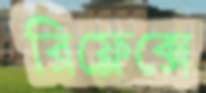
রিফ্লেক্সে